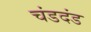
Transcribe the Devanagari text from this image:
चंडदंड